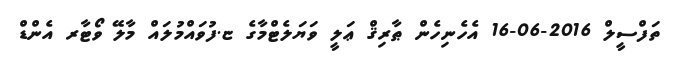
ތަފްސީލް 2016-06-16 އެހެނިހެން ޠާރިޤް ޢަލީ ވަޔަލެޓްމާގެ ޏ.ފުވައްމުލައް މާލޭ ވޯޓާރ އެންޑް